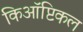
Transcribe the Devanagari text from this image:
किऑप्टिकल